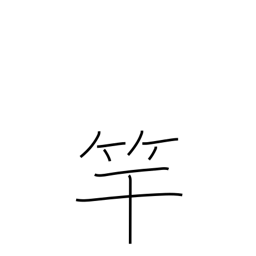
Meaning: violin neck